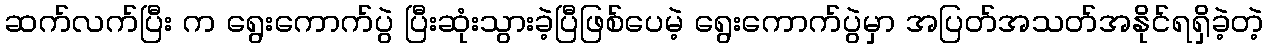
ဆက်လက်ပြီး က ရွေးကောက်ပွဲ ပြီးဆုံးသွားခဲ့ပြီဖြစ်ပေမဲ့ ရွေးကောက်ပွဲမှာ အပြတ်အသတ်အနိုင်ရရှိခဲ့တဲ့